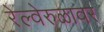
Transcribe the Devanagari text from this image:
रेल्वेरुळावर